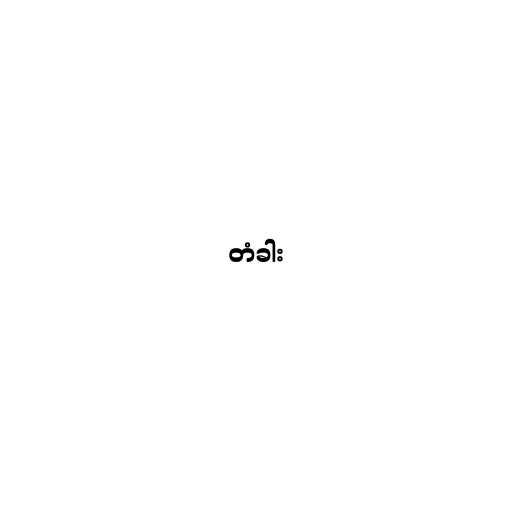
တံခါး